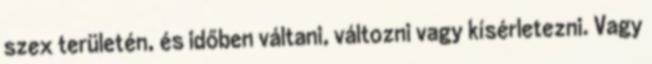
szex területén, és időben váltani, változni vagy kísérletezni. Vagy